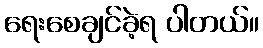
ရေးစေချင်ခဲ့ရ ပါတယ်။